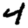
Digit: 4